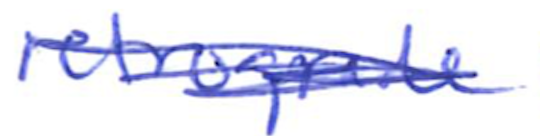
Text: retrograde
Cross-out: mix
Writing tool: ballpoint